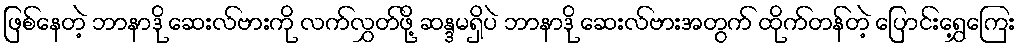
ဖြစ်နေတဲ့ ဘာနာဒို ဆေးလ်ဗားကို လက်လွှတ်ဖို့ ဆန္ဒမရှိပဲ ဘာနာဒို ဆေးလ်ဗားအတွက် ထိုက်တန်တဲ့ ပြောင်းရွှေ့ကြေး